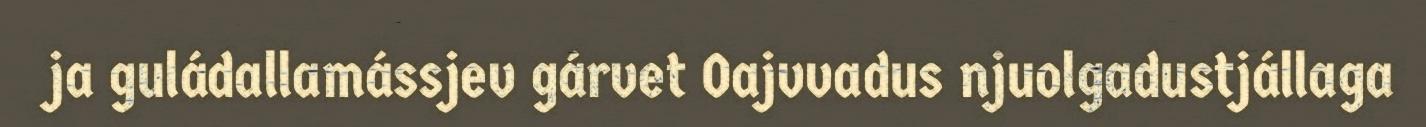
ja guládallamássjev gárvet Oajvvadus njuolgadustjállaga